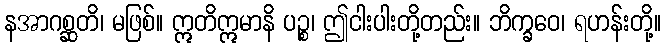
နအာဂစ္ဆတိ၊ မဖြစ်။ ဣတိဣမာနိ ပဉ္စ၊ ဤငါးပါးတို့တည်း။ ဘိက္ခဝေ၊ ရဟန်းတို့။